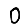
Digit: 0